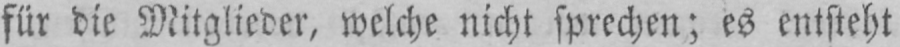
für die Mitglieder, welche nicht sprechen; es entsteht